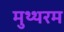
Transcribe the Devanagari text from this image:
मुथ्थरम